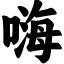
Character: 嗨